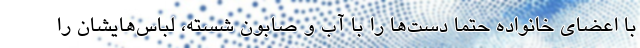
با اعضای خانواده حتماً دست‌ها را با آب و صابون شسته، لباس‌هایشان را